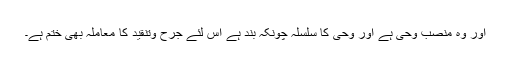
اور وہ منصب وحی ہے اور وحی کا سلسلہ چونکہ بند ہے اس لئے جرح وتنقید کا معاملہ بھی ختم ہے۔